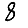
Digit: 8